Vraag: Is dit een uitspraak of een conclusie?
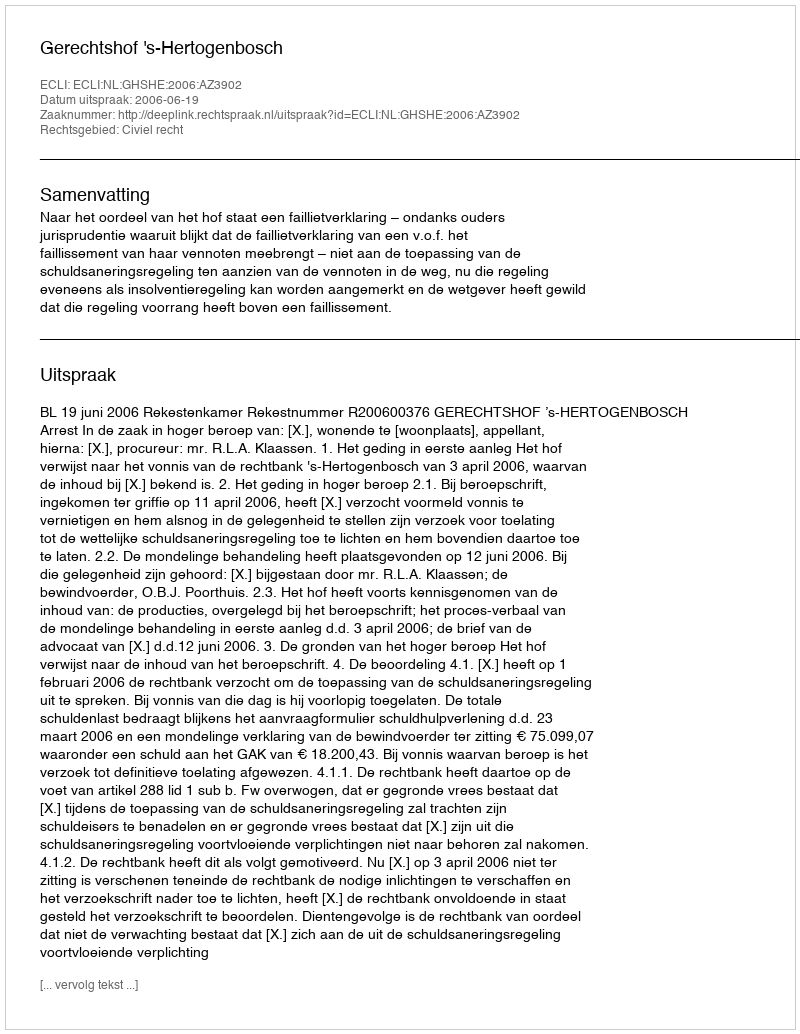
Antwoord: Uitspraak